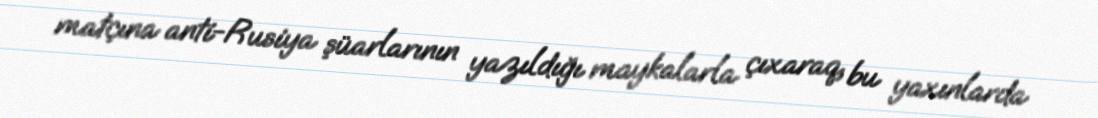
matçına anti-Rusiya şüarlarının yazıldığı maykalarla çıxaraq, bu yaxınlarda